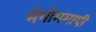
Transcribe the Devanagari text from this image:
मेगोममापी